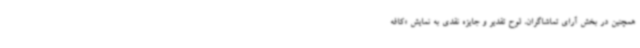
همچنین در بخش آرای تماشاگران، لوح تقدیر و جایزه نقدی به نمایش «کافه